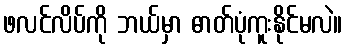
ဖလင်လိပ်ကို ဘယ်မှာ ဓာတ်ပုံကူးနိုင်မလဲ။